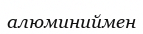
алюминиймен